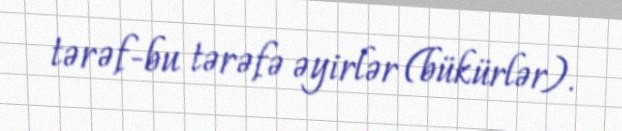
tərəf-bu tərəfə əyirlər (bükürlər).